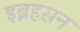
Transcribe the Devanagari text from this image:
इब्नहसन